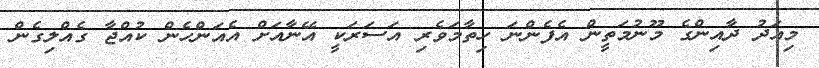
މިއަދު ދާއިންގެ މޫނުމަތީން އެފެންނަ ހިތާމަވެރި އަސަރަކީ އޭނާއަށް އެއަންހެން ކުއްޖާ ގެއްލިގެން